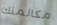
مكالمتك